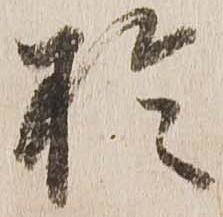
於